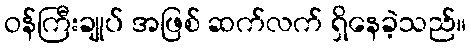
ဝန်ကြီးချုပ် အဖြစ် ဆက်လက် ရှိနေခဲ့သည်။